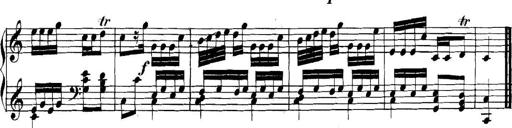
Title: Collected Piano Sonatas
Composer: Muzio Clementi